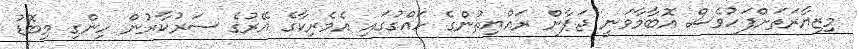
މިޒިޔާރަތަށްފަހުވެސް އޮބާމާވަނީ ޖަޕާން ރައްޔިތުންގެ ހައްގުގައި އެމެރިކާގެ އޭރުގެ ސަރުކާރުން ހިންގި މިބޮޑު